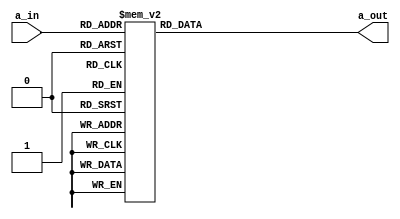
module decoder(a_in , a_out);

    input [2:0] a_in;
    output [7:0] a_out;
    reg a_out;

    always @(*) begin
        case(a_in)
            3'd0:  a_out = 8'b00000001;
            3'd1:  a_out = 8'b00000010;
            3'd2:  a_out = 8'b00000100;
            3'd3:  a_out = 8'b00001000;
            3'd4:  a_out = 8'b00010000;
            3'd5:  a_out = 8'b00100000;
            3'd6:  a_out = 8'b01000000;
            3'd7:  a_out = 8'b10000000;
        endcase
    end
endmodule